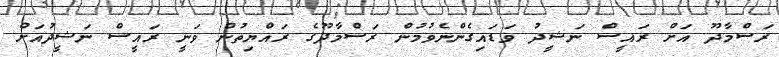
ރަސްމާދޫ އަށް ރައީސް ނަޝީދު ވަޑައިގެންނެވުމުން ރަސްމާދޫގެ ރައްޔިތުން ވަނީ ރައީސް ނަޝީދުއަށް